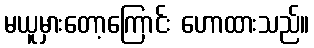
မယူမှားတော့ကြောင်း ဟောထားသည်။